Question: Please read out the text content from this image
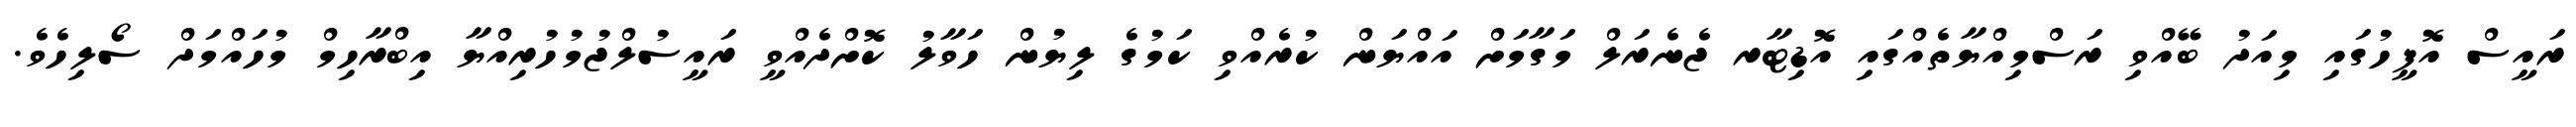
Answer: ރައީސް އޮފީހުގައި މިއަދު ބޭއްވި ރަސްމިއްޔާތެއްގައި އޮޑިޓާރ ޖެނެރަލް މަގާމަށް އައްޔަން ކުރެއްވި ކަމުގެ ލިޔުން ހަވާލު ކޮށްދެއްވީ ރައީސުލްޖުމުހުރިއްޔާ އިބްރާހިމް މުހައްމަދް ސޯލިހެވެ.